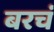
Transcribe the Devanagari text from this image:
बरचं